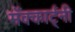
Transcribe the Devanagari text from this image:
मॅक्कार्ट्नी